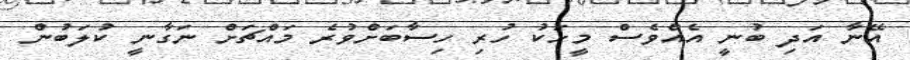
އޭނާ އަދި ބުނީ އެއްވެސް މީހަކު ހުރި ހިސާބަށްވުރެ މައްޗަށް ނަގާނީ ކުލަބުން